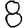
Digit: 8